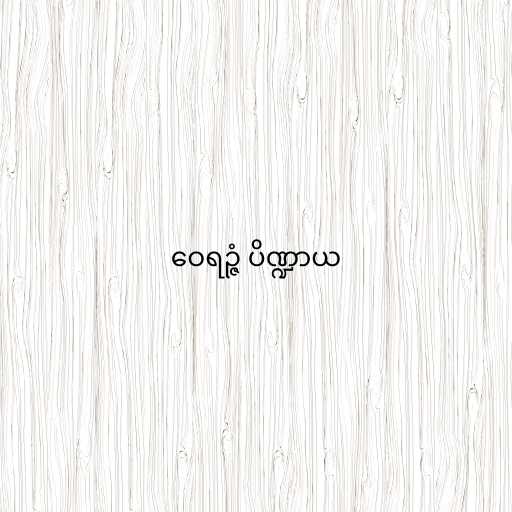
ဝေရဉ္ဇံ ပိဏ္ဍာယ